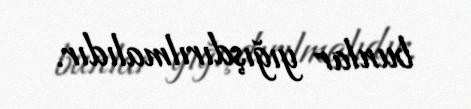
bunlar yığışdırılmalıdır.